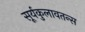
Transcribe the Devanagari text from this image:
सूर्यकुलावतन्स